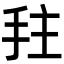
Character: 𫼠